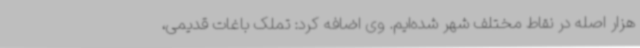
هزار اصله در نقاط مختلف شهر شده‌ایم. وی اضافه کرد: تملک باغات قدیمی،